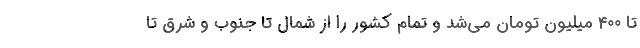
تا ۴۰۰ میلیون تومان می‌شد و تمام کشور را از شمال تا جنوب و شرق تا